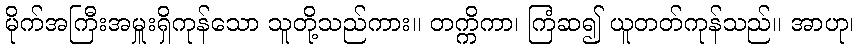
မိုက်အကြီးအမှူးရှိကုန်သော သူတို့သည်ကား။ တက္ကိကာ၊ ကြံဆ၍ ယူတတ်ကုန်သည်။ အာဟု၊